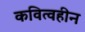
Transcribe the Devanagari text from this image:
कवित्वहीन